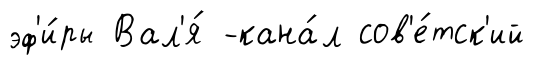
эф'и́ры Вал'я́ -кана́л сов'е́тск'ий